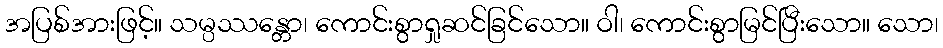
အပြစ်အားဖြင့်။ သမ္ပဿန္တော၊ ကောင်းစွာရှုဆင်ခြင်သော။ ဝါ၊ ကောင်းစွာမြင်ပြီးသော။ သော၊